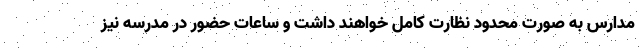
مدارس به صورت محدود نظارت کامل خواهند داشت و ساعات حضور در مدرسه نیز